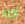
أكلة